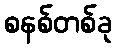
စနစ်တစ်ခု